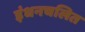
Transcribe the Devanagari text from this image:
इंधनचलित